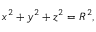
x ^ { 2 } + y ^ { 2 } + z ^ { 2 } = R ^ { 2 } ,